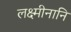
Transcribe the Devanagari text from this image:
लक्ष्मीनानि